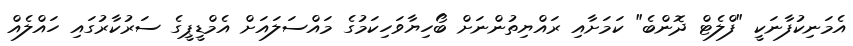
އެމަނިކުފާނަކީ "ފްލެޓް ދޮންބެ" ކަމަށާއި ރައްޔިތުންނަށް ބޯހިޔާވަހިކަމުގެ މައްސަލައަށް އެމްޑީޕީގެ ސަރުކާރުގައި ހައްލެއް